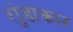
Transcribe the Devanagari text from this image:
शुंडाकार